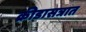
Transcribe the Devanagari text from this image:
क्रीडासत्रात